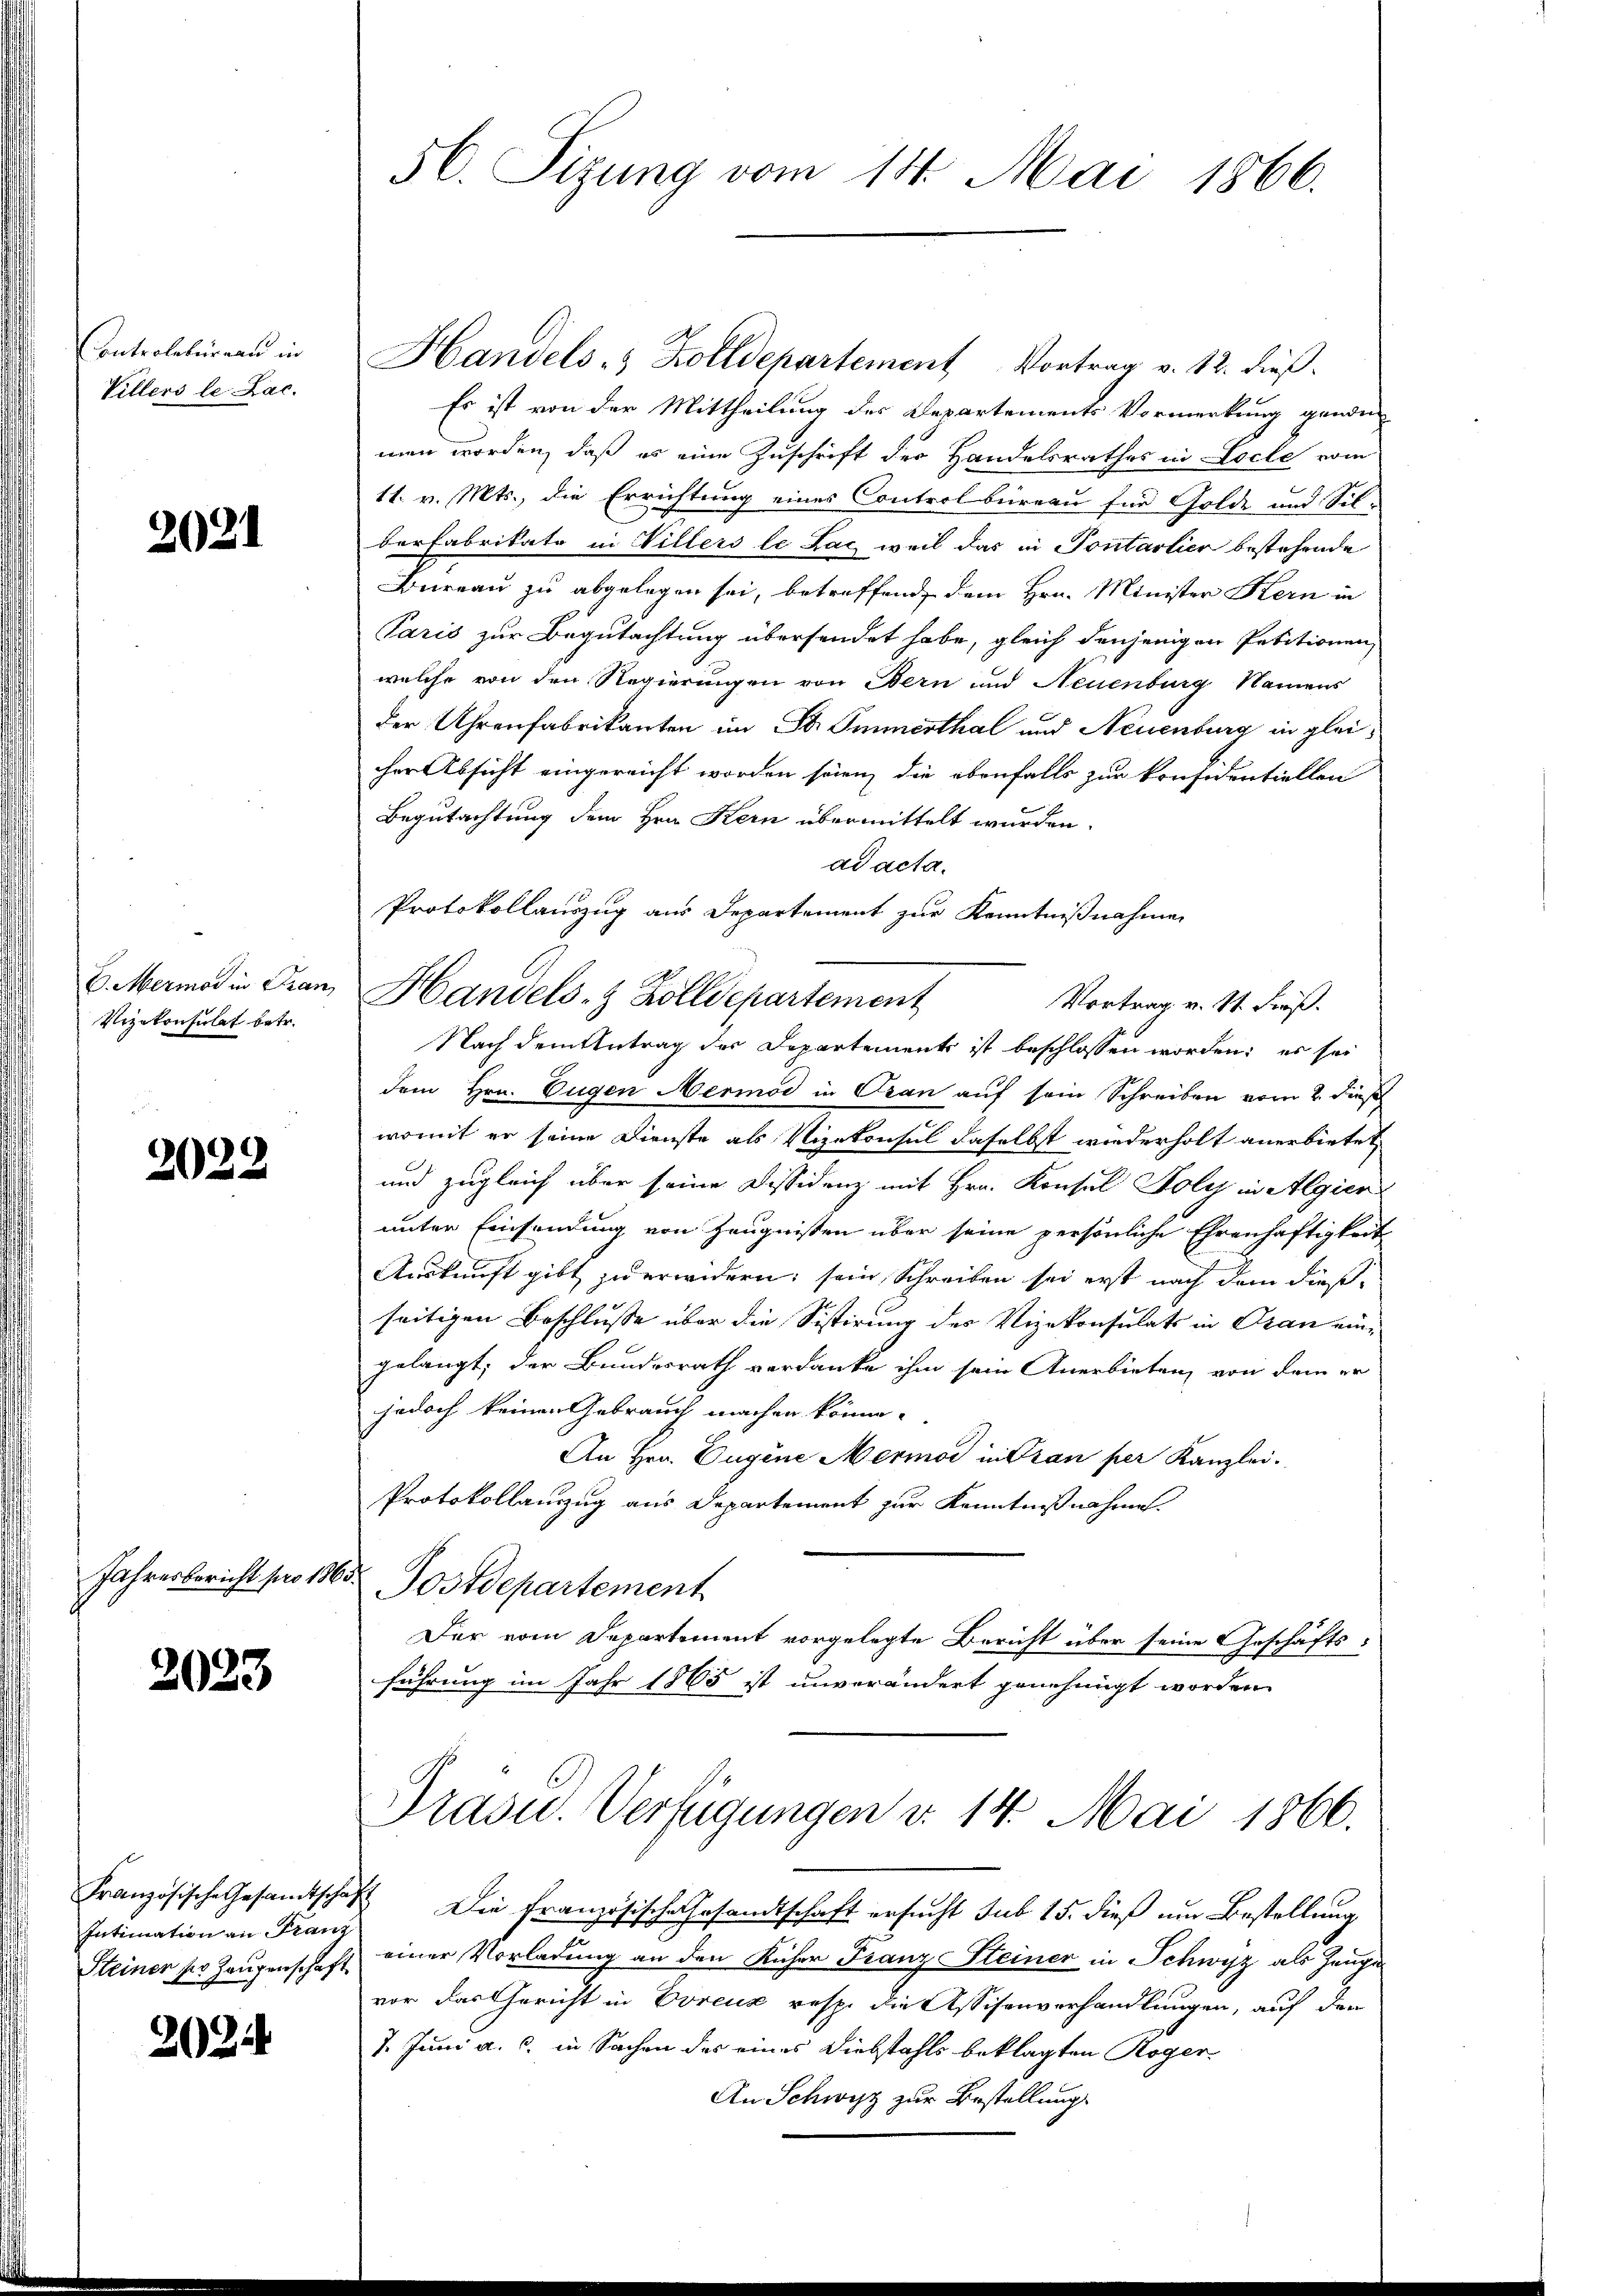
Controlbureau in
Villers le Lac.

2021

E. Mermor in Fran
Vizekonsulat betr.

2022

Jahresbericht pro 18.

2023

Intimation an Franz
Steiner so Zeugenschaft

22

56. Sizung vom 14. Mai 1866.

Handels- & Zolldepartement Vortrag v. 12. dieß.
Es ist von der Mittheilung des Departements Vormerkung gende
men worden, daß es eine Zuschrift der Handelsrathes in Locle vom
11. v. Mts., die Errichtung eines Controlbureau für Golde und Silberfabrikate in Villers le Lag weil das in Pontartier bestehende
Bureau zu abgelegen sei, betreffend dem Hrn. Minister Kern in
Paris zur Begutachtung übersendet habe, gleich denjenigen Petitionen,
welche von den Regierungen von Bern und Neuenburg Namens
der Uhrenfabrikanten im B. Immerthal und Neuenburg in gleicher Absicht eingereicht worden seien, die ebenfalls zur konfidentiellen
Begutachtung dem Hrn. Kern übermittelt wurden.
ad acta.
Protokollauszug aus Departement zur Kenntnißnahmen
Vortrag v. St. Fieß.
Nach dem Antrag der Departements ist beschlossen worden; es sei
dem Hrn. Eugen Mermod in Cran auf sein Schreiben vom 2. dieß
womit er seine Dienste als Vizekonsul daselbst wiederholt anerbietet,
t
und zugleich über seine Dissidenz mit Hrn. Konsul Holy in Algien
unter Einsendung von Zeugnissen über seine persönliche Ehrenhaftigkeit
Auskunft gibt zu erwidern, sein Schreiben sei erst nach dem dießseitigen Beschlusse über die Sistirung des Vizekonsulats in Oran eingelangt, der Bundesrath verdanke ihm sein Anerbieten, von dem er
jedoch keinen Gebrauch machen könne.
An Hrn. Eugene Mermod in Pran per Kanzlei-
Protokollanzug aus Departement zur Kenntnißnahme.
Postdepartement
Der vom Departement vorgelegte Bericht über seine Geschäftsführung im Jahr 1865 ist unverändert genehmigt worden
Präsid.. Verfügungen v. 14. Mai 1866.
Französische Gesandtschaft Die Französische Gesandtschaft ersucht sub 15. dieß um Bestellung
einer Vorladung an den Kücher Franz Steiner in Schwyz als Zeuge
vor das Gericht in Voreux resp. die Assisenverhandlungen, auf den
7. Juni a. c. in Sachen des eines Diebstahls beklagten Roger¬
An Schwyz zur Bestellung

Handels- & Zolldepartement